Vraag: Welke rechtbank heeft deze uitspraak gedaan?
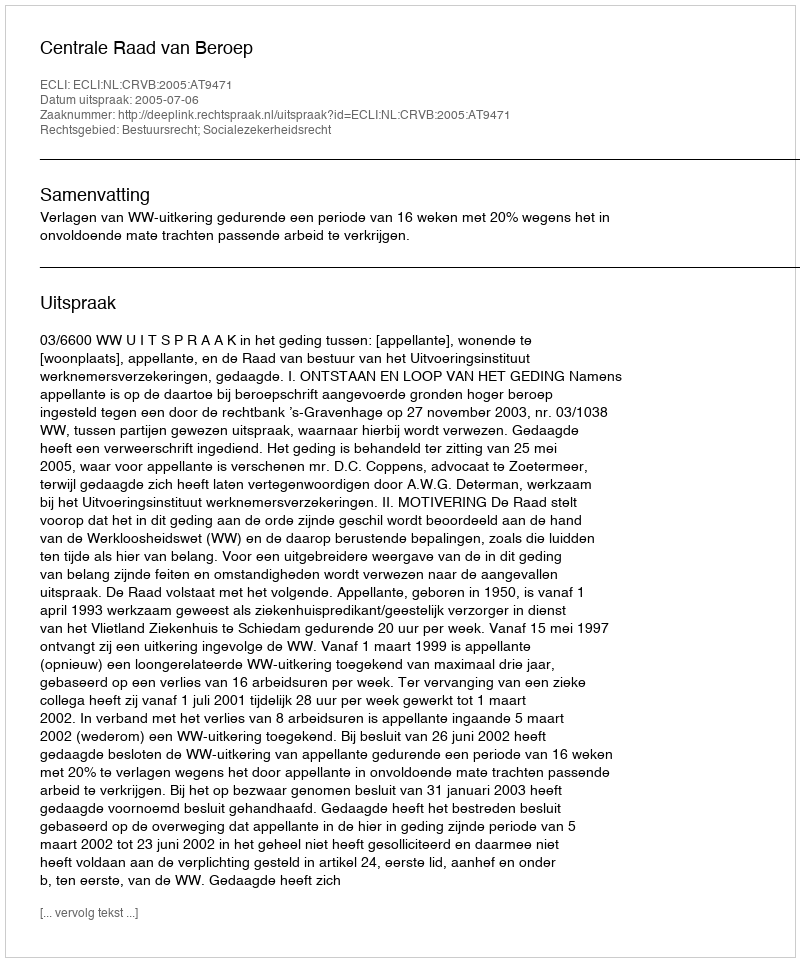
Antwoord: Centrale Raad van Beroep